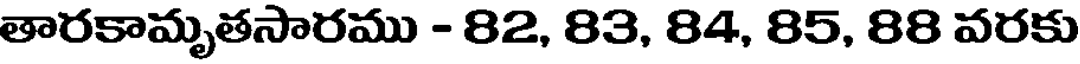
తారకామృతసారము - 82, 83, 84, 85, 88 వరకు